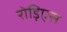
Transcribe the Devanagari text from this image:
रोड़िएस